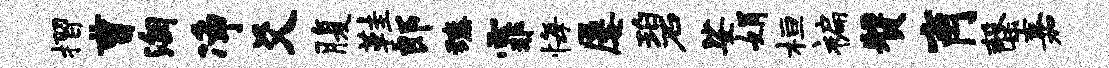
摺曹淘净爻腹鞋郎臻霏悔屡碧娑娟桓褊赞肖罄嘉